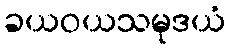
ခယဝယသမုဒယံ